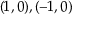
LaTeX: ( 1 , 0 ) , ( - 1 , 0 )